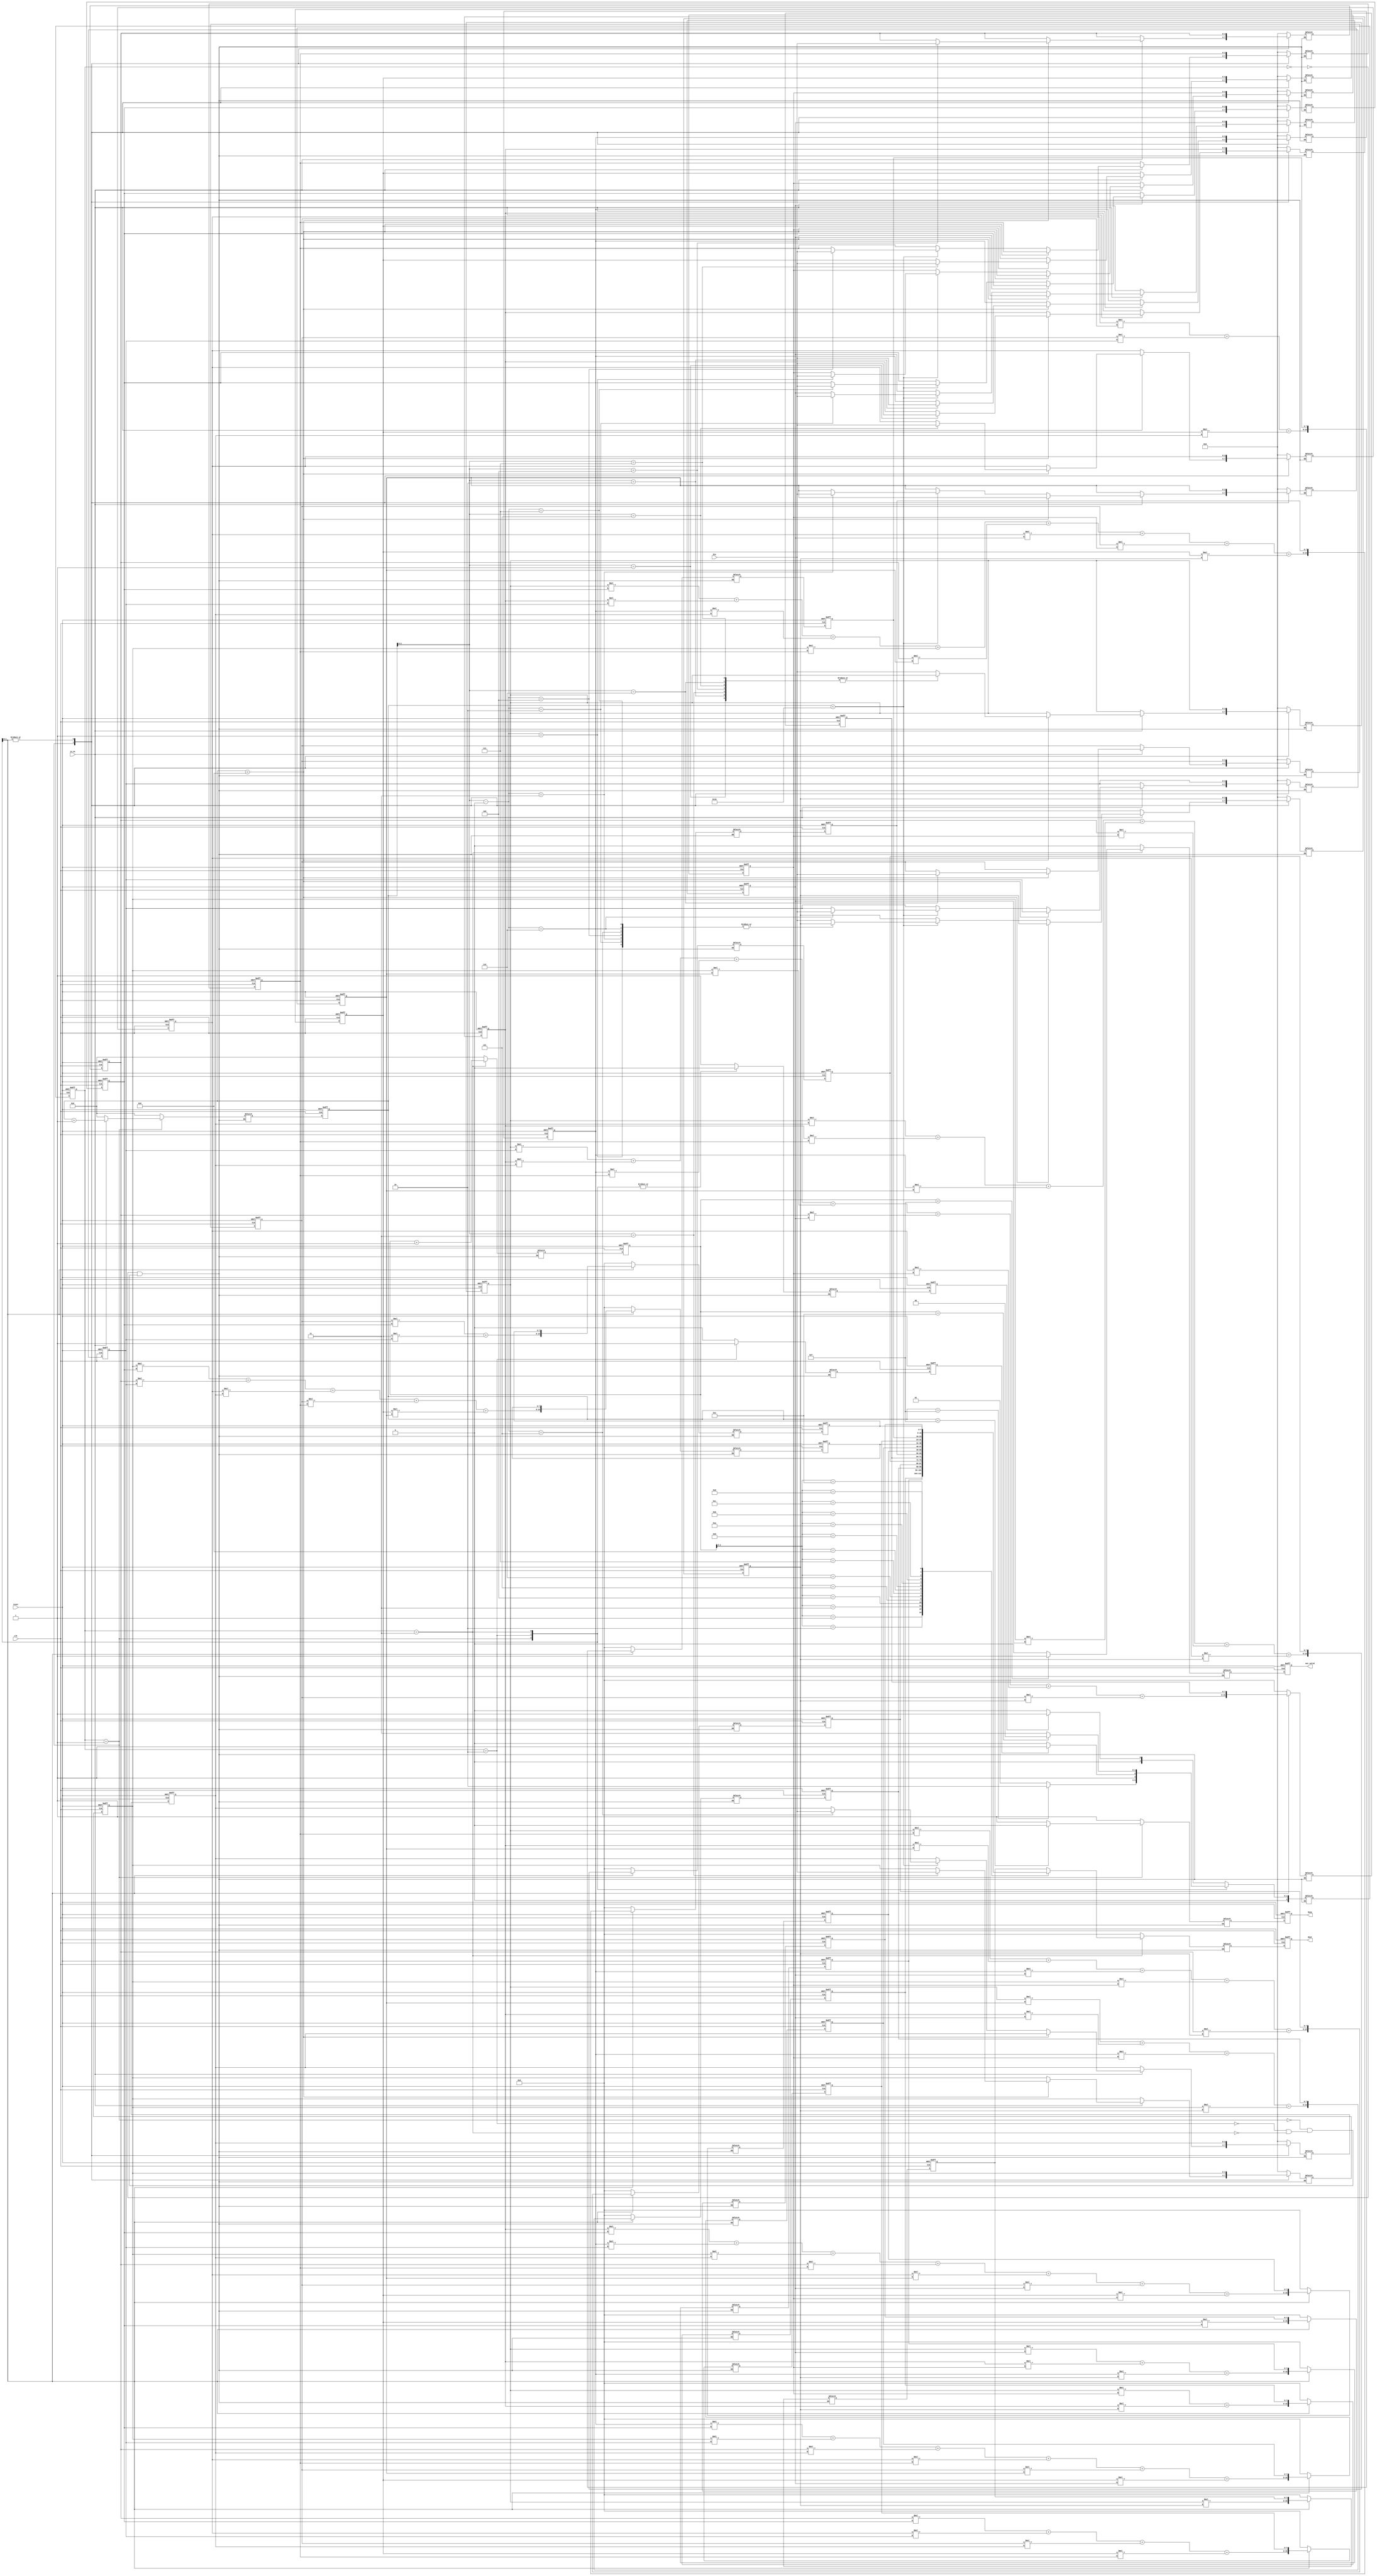
module CONV ( clk, reset, Din, in_en, busy, out_valid, Dout);
input   clk;
input   reset;
input   in_en;
output  busy;
output  out_valid;
input   [3:0]  Din;
output  [7:0]  Dout;

// ==============================================================
`define  INPUT_LENGTH 8
`define  OUTPUT_LENGTH 15

parameter  idle = 3'd0, input_data = 3'd1, calculate = 3'd2, output_data = 3'd3;

integer i;

reg		  busy, busy_n;
reg		  out_valid, out_valid_n;
reg [7:0] Dout, Dout_n;
reg [3:0] f [0:`INPUT_LENGTH - 1];		// buffers for input data
reg [3:0] f_n [0:`INPUT_LENGTH - 1];
reg [3:0] g [0:`INPUT_LENGTH - 1];
reg [3:0] g_n [0:`INPUT_LENGTH - 1];
reg [7:0] result [0:`OUTPUT_LENGTH - 1];
reg [7:0] result_n [0:`OUTPUT_LENGTH - 1];
reg [4:0] input_count, input_count_n, output_count, output_count_n;

reg [2:0] state, state_n;

reg       ready_to_input, ready_to_input_n;
reg       ready_to_output, ready_to_output_n;

// ========= for debugging =========
wire [7:0]  result_0 = result[0];
wire [7:0]  result_1 = result[1];
wire [7:0]  result_2 = result[2];
wire [7:0]  result_3 = result[3];
wire [7:0]  result_4 = result[4];
wire [7:0]  result_5 = result[5];
wire [7:0]  result_6 = result[6];
wire [7:0]  result_7 = result[7];
wire [7:0]  result_8 = result[8];
wire [7:0]  result_9 = result[9];
wire [7:0]  result_10 = result[10];
wire [7:0]  result_11 = result[11];
wire [7:0]  result_12 = result[12];
wire [7:0]  result_13 = result[13];
wire [7:0]  result_14 = result[14];

wire [3:0]  f_0 = f[0];
wire [3:0]  f_1 = f[1];
wire [3:0]  f_2 = f[2];
wire [3:0]  f_3 = f[3];
wire [3:0]  f_4 = f[4];
wire [3:0]  f_5 = f[5];
wire [3:0]  f_6 = f[6];
wire [3:0]  f_7 = f[7];

wire [3:0]  g_0 = g[0];
wire [3:0]  g_1 = g[1];
wire [3:0]  g_2 = g[2];
wire [3:0]  g_3 = g[3];
wire [3:0]  g_4 = g[4];
wire [3:0]  g_5 = g[5];
wire [3:0]  g_6 = g[6];
wire [3:0]  g_7 = g[7];


// =========== CS ===========
always @ ( posedge clk or posedge reset) begin
	if ( reset ) begin
		busy <= 1;
		out_valid <= 0;
		Dout <= 0;
		for (i = 0; i < `INPUT_LENGTH; i = i + 1) begin
			f[i] <= 0;		
			g[i] <= 0;
		end
		
		for (i = 0; i < `OUTPUT_LENGTH; i = i + 1) begin
			result[i] <= 0;
		end
		input_count <= 0;
		output_count <= 0;
		state <= idle;
		ready_to_input <= 0;
		ready_to_output <= 0;
	end
	else	begin
		busy <= busy_n;
		out_valid <= out_valid_n;
		Dout <= Dout_n;
        for (i = 0; i < `INPUT_LENGTH; i = i + 1) begin
            f[i] <= f_n[i];
            g[i] <= g_n[i];
        end

        for (i = 0; i < `OUTPUT_LENGTH; i = i + 1) begin
            result[i] <= result_n[i];
        end
		
		input_count <= input_count_n;
		output_count <= output_count_n;			
        state <= state_n;
		ready_to_input <= ready_to_input_n;
		ready_to_output <= ready_to_output_n;
	end
end

// ========== NS ===========
always @ (*)	begin
	case ( state )
		idle: state_n = ready_to_input ? input_data : idle;
		input_data:	state_n = ( input_count == 15 ) ? calculate : input_data;
		calculate: state_n = ready_to_output ? output_data : calculate;
		output_data: state_n = ( output_count == 14 ) ? idle : output_data;
	endcase					
end

// ========= OL =============
always @ (*)	begin
	case ( state )
		idle:	begin
			busy_n = 1;
			out_valid_n = 0;
			Dout_n = 0;
			for (i = 0; i < `INPUT_LENGTH; i = i + 1) begin
				f_n[i] = 0;
	            g_n[i] = 0; 
		    end
			for (i = 0; i < `OUTPUT_LENGTH; i = i + 1) begin
				result_n[i] = 0;
			end
			input_count_n = 0;
			output_count_n = 0;
			ready_to_input_n = 1;
			ready_to_output_n = 0;
		end

		input_data:	begin
				if ( input_count < 15 )
					busy_n = 0;
				else
					busy_n = 1;
				out_valid_n = 0;                               	
				Dout_n = 0;                                    	
				for (i = 0; i < `INPUT_LENGTH; i = i + 1) begin 	
					f_n[i] = f[i];
		            g_n[i] = g[i];                         	
			    end                            
				
                if ( in_en == 1 )	begin
					if ( input_count < 8 )				
						f_n[input_count] = Din; 
					else if ( input_count < 16 )
						g_n[input_count - `INPUT_LENGTH] = Din;
					input_count_n = input_count + 1;
				end
				else
					input_count_n = 0;

				for (i = 0; i < `OUTPUT_LENGTH; i = i + 1) begin	
					result_n[i] = 0;                           	
				end                                            	
				output_count_n = 0;                            
				ready_to_input_n = 0;
				ready_to_output_n = 0;	
		end

		calculate:	begin
			busy_n = 1;
			out_valid_n = 0;
			Dout_n = 0;
			for (i = 0; i < `INPUT_LENGTH; i = i + 1) begin
				f_n[i] = f[i];
	            g_n[i] = g[i]; 
		    end
			result_n[0] = f[0] * g[0];
			result_n[1] = f[0] * g[1] + f[1] * g[0];
			result_n[2] = f[0] * g[2] + f[1] * g[1] + f[2] * g[0];
			result_n[3] = f[0] * g[3] + f[1] * g[2] + f[2] * g[1] + f[3] * g[0];
			result_n[4] = f[0] * g[4] + f[1] * g[3] + f[2] * g[2] + f[3] * g[1] + f[4] * g[0];
			result_n[5] = f[0] * g[5] + f[1] * g[4] + f[2] * g[3] + f[3] * g[2] + f[4] * g[1] + f[5] * g[0];
			result_n[6] = f[0] * g[6] + f[1] * g[5] + f[2] * g[4] + f[3] * g[3] + f[4] * g[2] + f[5] * g[1] + f[6] * g[0];
			result_n[7] = f[0] * g[7] + f[1] * g[6] + f[2] * g[5] + f[3] * g[4] + f[4] * g[3] + f[5] * g[2] + f[6] * g[1] 
						+ f[7] * g[0];
			result_n[8] = f[1] * g[7] + f[2] * g[6] + f[3] * g[5] + f[4] * g[4] + f[5] * g[3] + f[6] * g[2] + f[7] * g[1];
			result_n[9] = f[2] * g[7] + f[3] * g[6] + f[4] * g[5] + f[5] * g[4] + f[6] * g[3] + f[7] * g[2];
			result_n[10]= f[3] * g[7] + f[4] * g[6] + f[5] * g[5] + f[6] * g[4] + f[7] * g[3];
			result_n[11]= f[4] * g[7] + f[5] * g[6] + f[6] * g[5] + f[7] * g[4];
			result_n[12]= f[5] * g[7] + f[6] * g[6] + f[7] * g[5];
			result_n[13]= f[6] * g[7] + f[7] * g[6];
			result_n[14]= f[7] * g[7];
					
			input_count_n = 0;
			output_count_n = 0;
			ready_to_input_n = 0;
			ready_to_output_n = 1;
		end

		output_data:	begin
				busy_n = 1;	
    			//out_valid_n = ( output_count == 16 ) ? 0 : 1;
				out_valid_n = ( output_count < 15 ) ? 1 : 0;
    			Dout_n = result[output_count];
    			for (i = 0; i < `INPUT_LENGTH; i = i + 1) begin
    				f_n[i] = f[i];
    	            g_n[i] = g[i]; 
    		    end
    			for (i = 0; i < `OUTPUT_LENGTH; i = i + 1) begin
    				result_n[i] = result[i];
    			end
    			input_count_n = 0;
    			output_count_n = output_count + 1;
				ready_to_input_n = 0;
				ready_to_output_n = 0;
		end
	endcase
end

endmodule